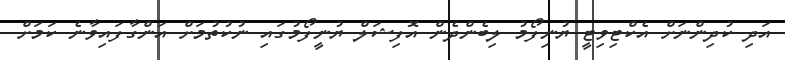
އަދި ކުދިންނަށް އެކްޓިވިޓީ ޔުނިފޯމު ލިބެންދެން އޮފިޝަލް ޔުނީފޯމުގައި ނުކުތުމަށް އަންގާފައިވާނެ ކަމަށް